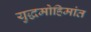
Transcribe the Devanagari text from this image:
युद्धमोहिमांत